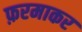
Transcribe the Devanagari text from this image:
फ़रमाकर